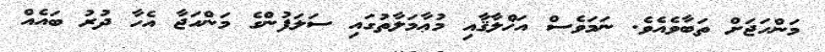
މަންހަޖަށް ތަބާވެއެވެ. ނަމަވެސް އަޚްލާޤާއި މުޢާމަލާތުގައި ސަލަފުންގެ މަންހަޖާ އެހާ ދުރު ބައެއް